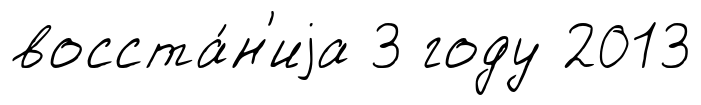
восста́н'иjа 3 году 2013